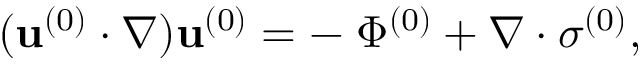
( \mathbf { u } ^ { ( 0 ) } \cdot \boldsymbol \nabla ) \mathbf { u } ^ { ( 0 ) } = - \mathbf { \nabla } \Phi ^ { ( 0 ) } + \boldsymbol { \nabla } \cdot \boldsymbol \sigma ^ { ( 0 ) } ,